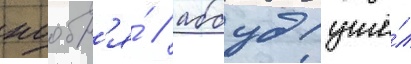
ноабр'я́ / аббуд ушё́л